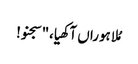
مُلا ہوراں آکھیا،"سجنو!